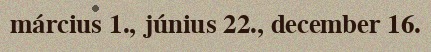
március 1., június 22., december 16.